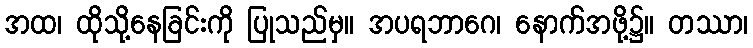
အထ၊ ထိုသို့နေခြင်းကို ပြုသည်မှ။ အပရဘာဂေ၊ နောက်အဖို့၌။ တဿာ၊